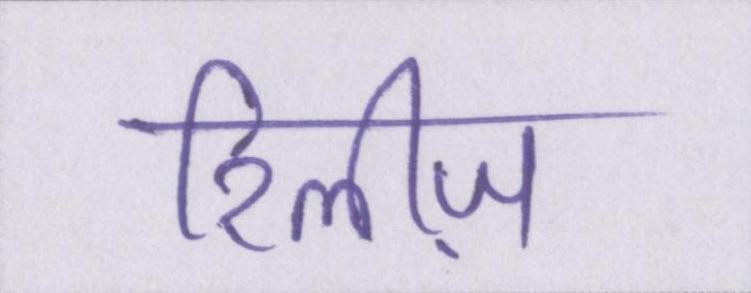
रिलीज़